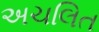
અચલિત